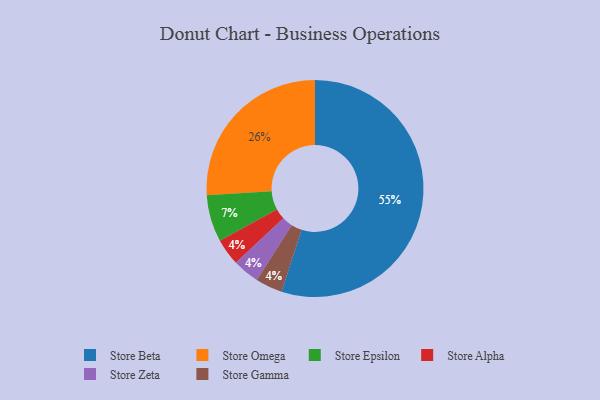
{"axis": {"x": "Category", "y": "Percentage"}, "legend": ["Store Alpha", "Store Beta", "Store Epsilon", "Store Gamma", "Store Omega", "Store Zeta"], "data": [{"x": "Store Alpha", "y": 4, "type": "Store Alpha"}, {"x": "Store Zeta", "y": 4, "type": "Store Zeta"}, {"x": "Store Epsilon", "y": 7, "type": "Store Epsilon"}, {"x": "Store Omega", "y": 26, "type": "Store Omega"}, {"x": "Store Beta", "y": 55, "type": "Store Beta"}, {"x": "Store Gamma", "y": 4, "type": "Store Gamma"}]}